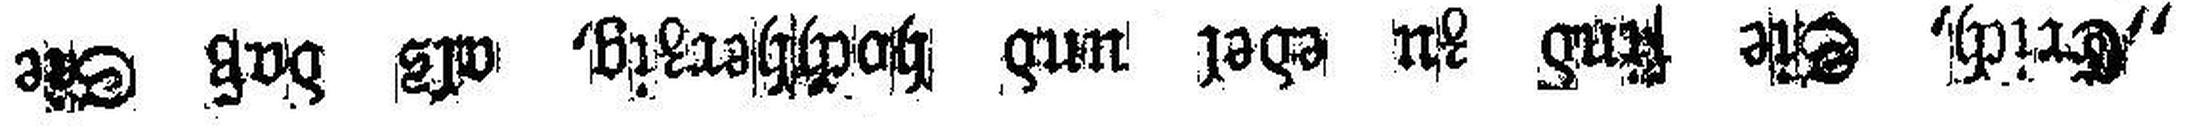
„Erich, Sie find zu edel und hochherzig, als daß Sie